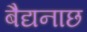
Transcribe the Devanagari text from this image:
बैद्यनाछ